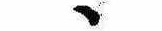
ゝ